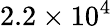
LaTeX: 2.2\times 10^{4}